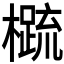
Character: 𬄼